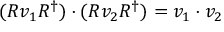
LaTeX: ( R v _ { 1 } R ^ { \dagger } ) \cdot ( R v _ { 2 } R ^ { \dagger } ) = v _ { 1 } \cdot v _ { 2 }